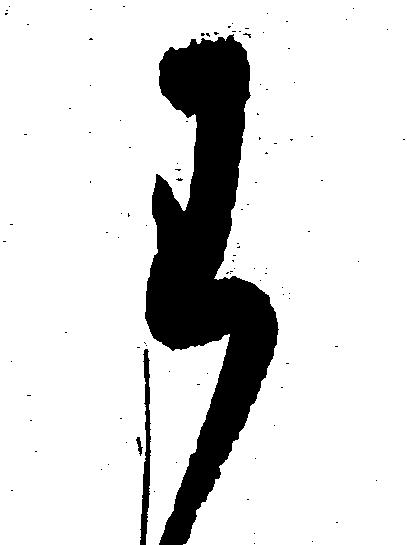
わ